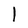
Character: l